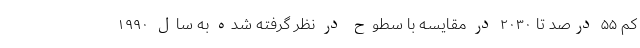
کم ۵۵ درصد تا ۲۰۳۰ در مقایسه با سطوح در نظر گرفته شده به سال ۱۹۹۰